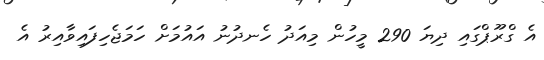
އެ ގްރޫޕްގައި ދިޔަ 290 މީހުން މިއަދު ހެނދުނު އައުމަށް ހަމަޖެހިފައިވާއިރު އެ